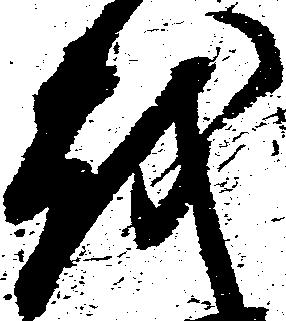
越